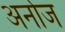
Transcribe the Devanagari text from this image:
अर्नाज